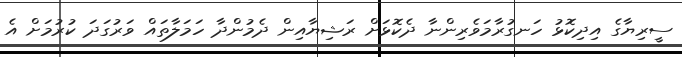
ސީރިޔާގެ އިދިކޮޅު ހަނގުރާމަވެރިންނާ ދެކޮޅަށް ރަޝިޔާއިން ދެމުންދާ ހަމަލާތައް ވަރުގަދަ ކުރުމަށް އެ